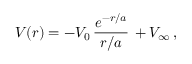
V ( r ) = - V _ { 0 } \, \frac { e ^ { - r / a } } { r / a } \, + V _ { \infty } \, ,